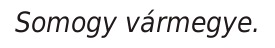
Somogy vármegye.